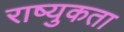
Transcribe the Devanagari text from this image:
राष्युकता